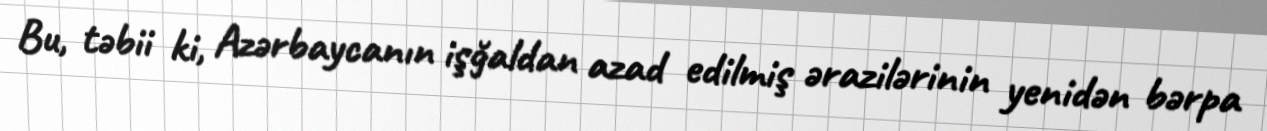
Bu, təbii ki, Azərbaycanın işğaldan azad edilmiş ərazilərinin yenidən bərpa